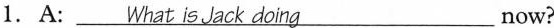
1. A: \underline{What is Jack doing} now?